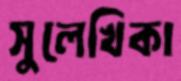
সুলেখিকা